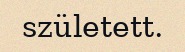
született.